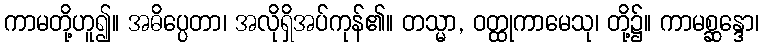
ကာမတို့ဟူ၍။ အဓိပ္ပေတာ၊ အလိုရှိအပ်ကုန်၏။ တသ္မာ, ဝတ္ထုကာမေသု၊ တို့၌။ ကာမစ္ဆန္ဒော၊